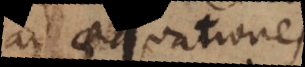
ad aequationes